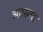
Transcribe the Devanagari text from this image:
अतस्त्वा